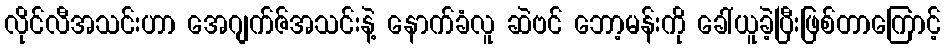
လိုင်လီအသင်းဟာ အေဂျက်ဇ်အသင်းနဲ့ နောက်ခံလူ ဆဲဗင် ဘော့မန်းကို ခေါ်ယူခဲ့ပြီးဖြစ်တာကြောင့်